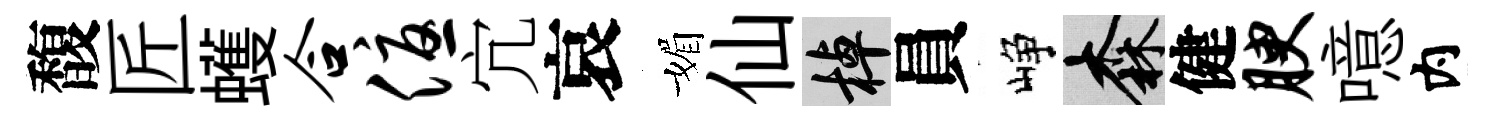
馥匠蠖合优宂哀媚仙棹員峥森健腴噫内